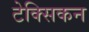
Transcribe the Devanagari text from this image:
टेक्सिकन